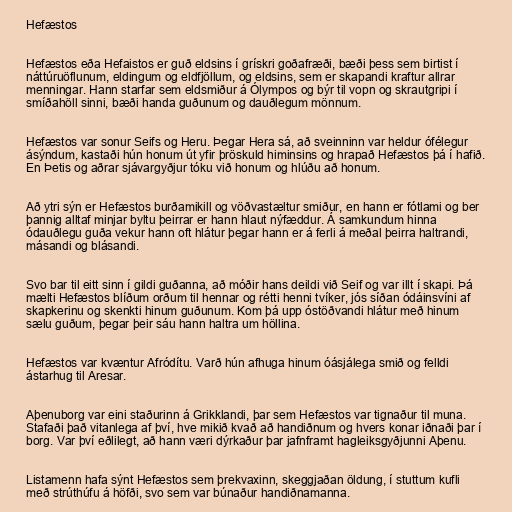
Hefæstos

Hefæstos eða Hefaistos er guð eldsins í grískri goðafræði, bæði þess sem birtist í
náttúruöflunum, eldingum og eldfjöllum, og eldsins, sem er skapandi kraftur allrar
menningar. Hann starfar sem eldsmiður á Ólympos og býr til vopn og skrautgripi í
smíðahöll sinni, bæði handa guðunum og dauðlegum mönnum.

Hefæstos var sonur Seifs og Heru. Þegar Hera sá, að sveinninn var heldur ófélegur
ásýndum, kastaði hún honum út yfir þröskuld himinsins og hrapað Hefæstos þá í hafið.
En Þetis og aðrar sjávargyðjur tóku við honum og hlúðu að honum.

Að ytri sýn er Hefæstos burðamikill og vöðvastæltur smiður, en hann er fótlami og ber
þannig alltaf minjar byltu þeirrar er hann hlaut nýfæddur. Á samkundum hinna
ódauðlegu guða vekur hann oft hlátur þegar hann er á ferli á meðal þeirra haltrandi,
másandi og blásandi.

Svo bar til eitt sinn í gildi guðanna, að móðir hans deildi við Seif og var illt í skapi. Þá
mælti Hefæstos blíðum orðum til hennar og rétti henni tvíker, jós síðan ódáinsvíni af
skapkerinu og skenkti hinum guðunum. Kom þá upp óstöðvandi hlátur með hinum
sælu guðum, þegar þeir sáu hann haltra um höllina.

Hefæstos var kvæntur Afródítu. Varð hún afhuga hinum óásjálega smið og felldi
ástarhug til Aresar.

Aþenuborg var eini staðurinn á Grikklandi, þar sem Hefæstos var tignaður til muna.
Stafaði það vitanlega af því, hve mikið kvað að handiðnum og hvers konar iðnaði þar í
borg. Var því eðlilegt, að hann væri dýrkaður þar jafnframt hagleiksgyðjunni Aþenu.

Listamenn hafa sýnt Hefæstos sem þrekvaxinn, skeggjaðan öldung, í stuttum kufli
með strúthúfu á höfði, svo sem var búnaður handiðnamanna.